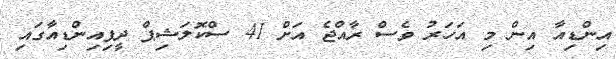
އިންޑިއާ އިން މި އަހަރު ވެސް ރާއްޖެ އަށް 41 ސްކޮލަޝިޕް ދީފިއިންޑިއާގައި